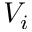
V _ { i }